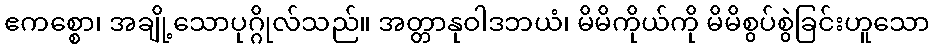
ဧကစ္စော၊ အချို့သောပုဂ္ဂိုလ်သည်။ အတ္တာနုဝါဒဘယံ၊ မိမိကိုယ်ကို မိမိစွပ်စွဲခြင်းဟူသော